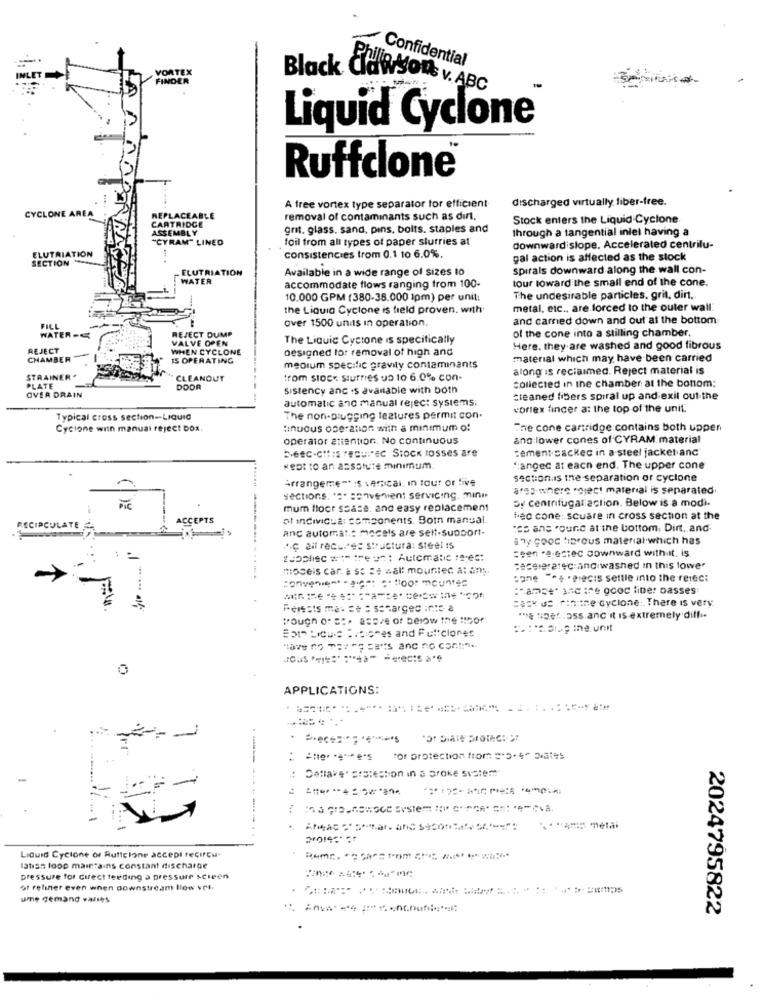
VORTEX
Confidential
FINDER
Black Clawson v. ABC
Liquid Cyclone
Ruffclone®
A tree vortex type separator for efficient-
discharged virtually. fiber-free.
CYCLONE AREA
REPLACEABLE
CARTRIDGE
removal of contaminants such as dirt.
Stock enters the Liquid Cyclone.
ASSEMBLY
grit. glass. sand, pins, bolts. staples and
through a tangential inlet having a
"CYRAM" LINED
foil from all types of paper slurries at
ELUTRIATION
downward slope. Accelerated centrilu-
SECTION
consistencies trom 0.1 10 6.0%.
gal action is affected as the stock
ELUTRIATION
Available in a wide range of sizes to
spirals downward along the wall con-
WATER
tour toward the small end of the cone.
accommodate flows ranging from 100-
10.000 GPM (380-38.000 1pm) per unit:
The undesirable particles, grit, dirt.
the Liquia Cyclone is field proven. with
metal, etc ., are forced to the outer wall.
over 1500 units in operation.
and camed down and out at the bottom
FILL
REJECT DUMP
of the cone into a stilling chamber,
WATER-E
VALVE OPEN
The Liquic Cyclone is specifically
REJECT
WHEN CYCLONE
designed to: removal of high and
Here. they are washed and good fibrous
CHAMBER
IS OPERATING
material which may have been carried
medium specific gravity contaminants
along is reclaimed. Reject material is
STRAINER*
CLEANOUT
trom stock Stuffies ua 10 6.0% con-
collected in ine chamber at the bottom:
PLATE
DOOR
sistency anc .s available with both
OVER DRAIN
automatic and manual reject systems;
cleaned fibers spiral up and exit out the
vortex finger a: the top of the unit.
Typical cross section-Liquid
The non-plugging teatures permit con-
Cyclone win manual reject box.
tinuous operation with a minimumof
The cone cartridge contains both uppen
operator attention. No continuous
and lower cones of CYRAM material
cement sackec in a steel jacket anc
"angec at each end. The upper cone
Arrangeme -* : s vertical, In tout or live
section is the separation or cyclone
afss-where "oject material is separated
sections. ** senvenient servicing. min"
By centrifugaraction. Below is a modi-
mum floor space. and easy replacement
ACCEPTS
of individual components. Botn manual.
feo cone: scuare in cross section at the
RECIRCULATE
anc automatic mocals are self-support-
:es ans found at the bottom, Dirt, and
any good tibrous material which has
... Ç ail recul's: structura: steel is
=sen -a-estec downward with It, is
"uppliec w :- treue : Automatic !a;es:
moseis car à ss ze wall mounted a: any.
:aceleratec and washed In this lower
"one ". - elects settle into the retec:
:"ams#* and ire go liber basses
=== X US ri:te cyclone: There is very
Forests ma. se : scharged inte a
** e se,o,and it is extremely diff ..
Bom Licua Baciones and Fultclones
0
APPLICATIONS:
"Or Diale protec :- 57
: -***
"of protection from "'. 4 34
: Dettake. Erstestion in a brake system
--- ------
Liquid Cyclone of Ruticlone accept tecircu.
latian loop maintains constant discharge
pressure for direct feeding à pressure screen
or reliner even when downstream llow vol.
ume demand varies
2024795822